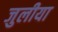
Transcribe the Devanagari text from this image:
जुलीया